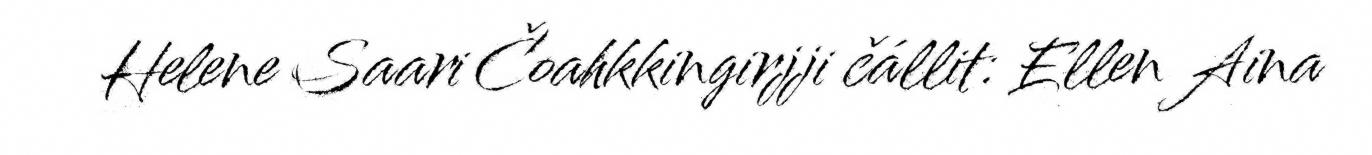
Helene Saari Čoahkkingirjji čállit: Ellen Aina